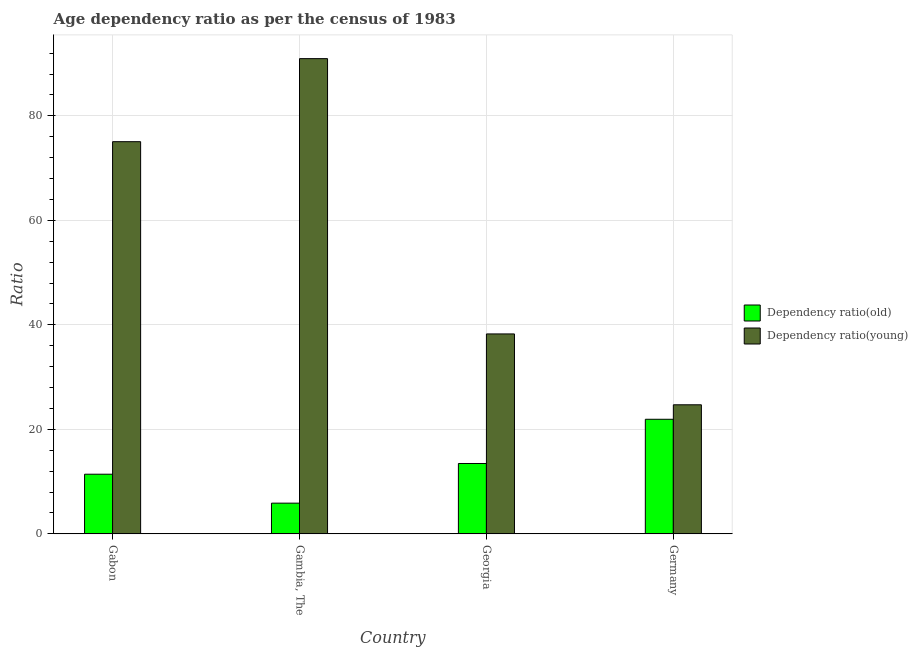
| Country | Dependency ratio(old) | Dependency ratio(young) |
 | --- | --- | --- |
 | Gabon | 11.4 | 75.1 |
 | Gambia, The | 5.88 | 91 |
 | Georgia | 13.5 | 38.3 |
 | Germany | 21.9 | 24.7 |